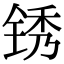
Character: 锈